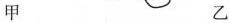
甲 乙